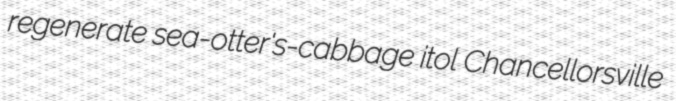
regenerate sea-otter's-cabbage itol Chancellorsville